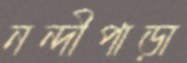
নন্দীপাড়া